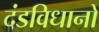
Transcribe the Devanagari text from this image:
दंडविधानों